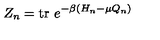
Z _ { n } = \mathrm { t r } \ e ^ { - \beta ( H _ { n } - \mu Q _ { n } ) }